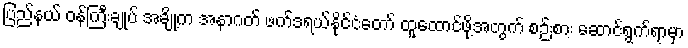
ပြည်နယ် ဝန်ကြီးချုပ် အချို့က အနာဂတ် ဖက်ဒရယ်နိုင်ငံတော် ထူထောင်ဖို့အတွက် စဉ်းစား ဆောင်ရွက်ရာမှာ